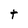
Character: t